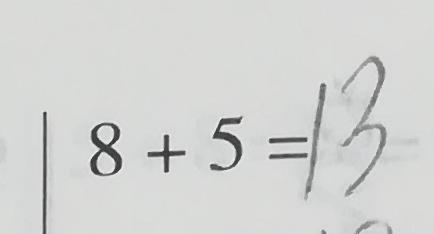
8 + 5 = 1 3